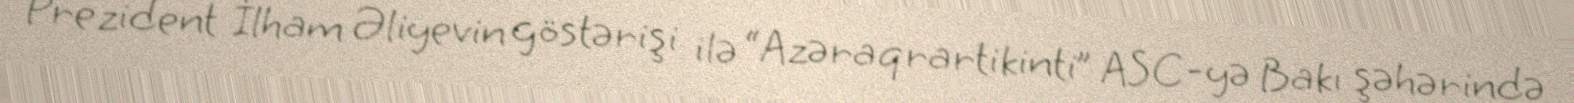
Prezident İlham Əliyevin göstərişi ilə “Azəraqrartikinti” ASC-yə Bakı şəhərində